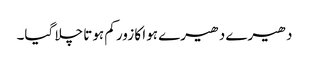
دھیرے دھیرے ہوا کا زور کم ہوتا چلا گیا۔